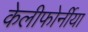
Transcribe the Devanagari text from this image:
केलीफोर्नीया